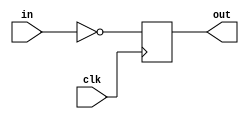
module seq(in, clk, out);
input in, clk;
output reg out;

    always @(posedge clk) begin
    out=1;
    out <= in^out;
    end

endmodule